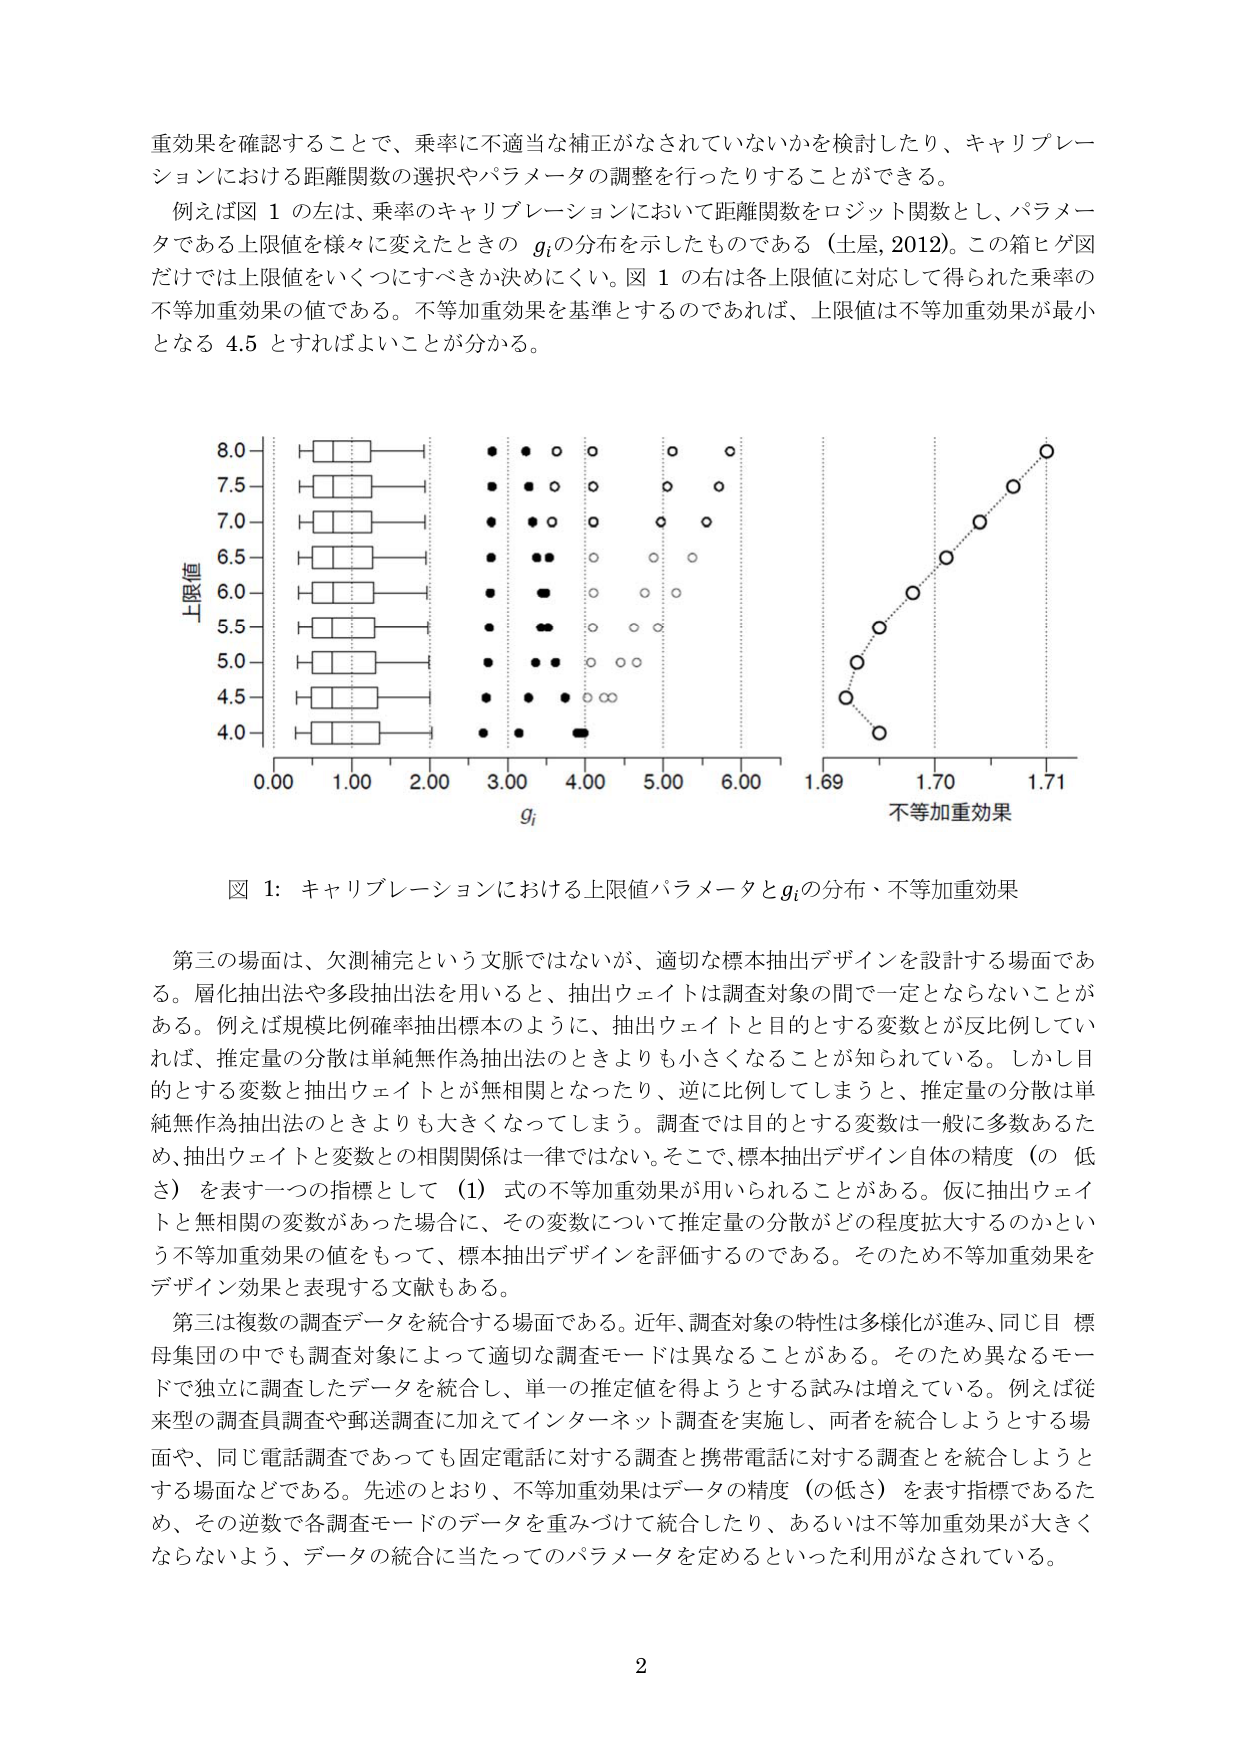
重効果を確認することで、乗率に不適当な補正がなされていないかを検討したり、キャリブレーションにおける距離関数の選択やパラメータの調整を行ったりすることができる。

例えば図 1 の左は、乗率のキャリブレーションにおいて距離関数をロジット関数とし、パラメータである上限値を様々に変えたときの $g_i$ の分布を示したものである（土屋, 2012）。この箱ヒゲ図だけでは上限値をいくつにすべきか決めにくい。図 1 の右は各上限値に対応して得られた乗率の不等加重効果の値である。不等加重効果を基準とするのであれば、上限値は不等加重効果が最小となる 4.5 とすればよいことが分かる。

図 1: キャリブレーションにおける上限値パラメータと $g_i$ の分布、不等加重効果

第三の場面は、欠測補完という文脈ではないが、適切な標本抽出デザインを設計する場面である。層化抽出法や多段抽出法を用いると、抽出ウェイトは調査対象の間で一定とならないことがある。例えば規模比例確率抽出標本のように、抽出ウェイトと目的とする変数とが反比例していれば、推定量の分散は単純無作為抽出法のときよりも小さくなることが知られている。しかし目的とする変数と抽出ウェイトとが無相関となったり、逆に比例してしまうと、推定量の分散は単純無作為抽出法のときよりも大きくなってしまう。調査では目的とする変数は一般に多数あるため、抽出ウェイトと変数との相関関係は一律ではない。そこで、標本抽出デザイン自体の精度（の低さ）を表す一つの指標として（1）式の不等加重効果が用いられることがある。仮に抽出ウェイトと無相関の変数があった場合に、その変数について推定量の分散がどの程度拡大するのかという不等加重効果の値をもって、標本抽出デザインを評価するのである。そのため不等加重効果をデザイン効果と表現する文献もある。

第三は複数の調査データを統合する場面である。近年、調査対象の特性は多様化が進み、同じ目標母集団の中でも調査対象によって適切な調査モードは異なることがある。そのため異なるモードで独立に調査したデータを統合し、単一の推定値を得ようとする試みは増えている。例えば従来型の調査員調査や郵送調査に加えてインターネット調査を実施し、両者を統合しようとする場面や、同じ電話調査であっても固定電話に対する調査と携帯電話に対する調査を統合しようとする場面などである。先述のとおり、不等加重効果はデータの精度（の低さ）を表す指標であるため、その逆数で各調査モードのデータを重みづけて統合したり、あるいは不等加重効果が大きくならないよう、データの統合に当たってのパラメータを定めるといった利用がなされている。

2